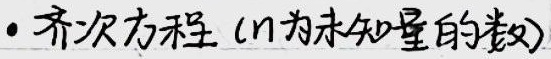
· 齐次方程（\(n\)为未知量的个数）